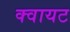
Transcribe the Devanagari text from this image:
क्वायट